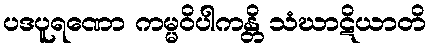
ပဒပူရဏော ကမ္မဝိပါကန္တိ သံဃာဋိယာတိ